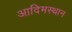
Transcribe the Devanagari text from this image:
आदिमस्थान